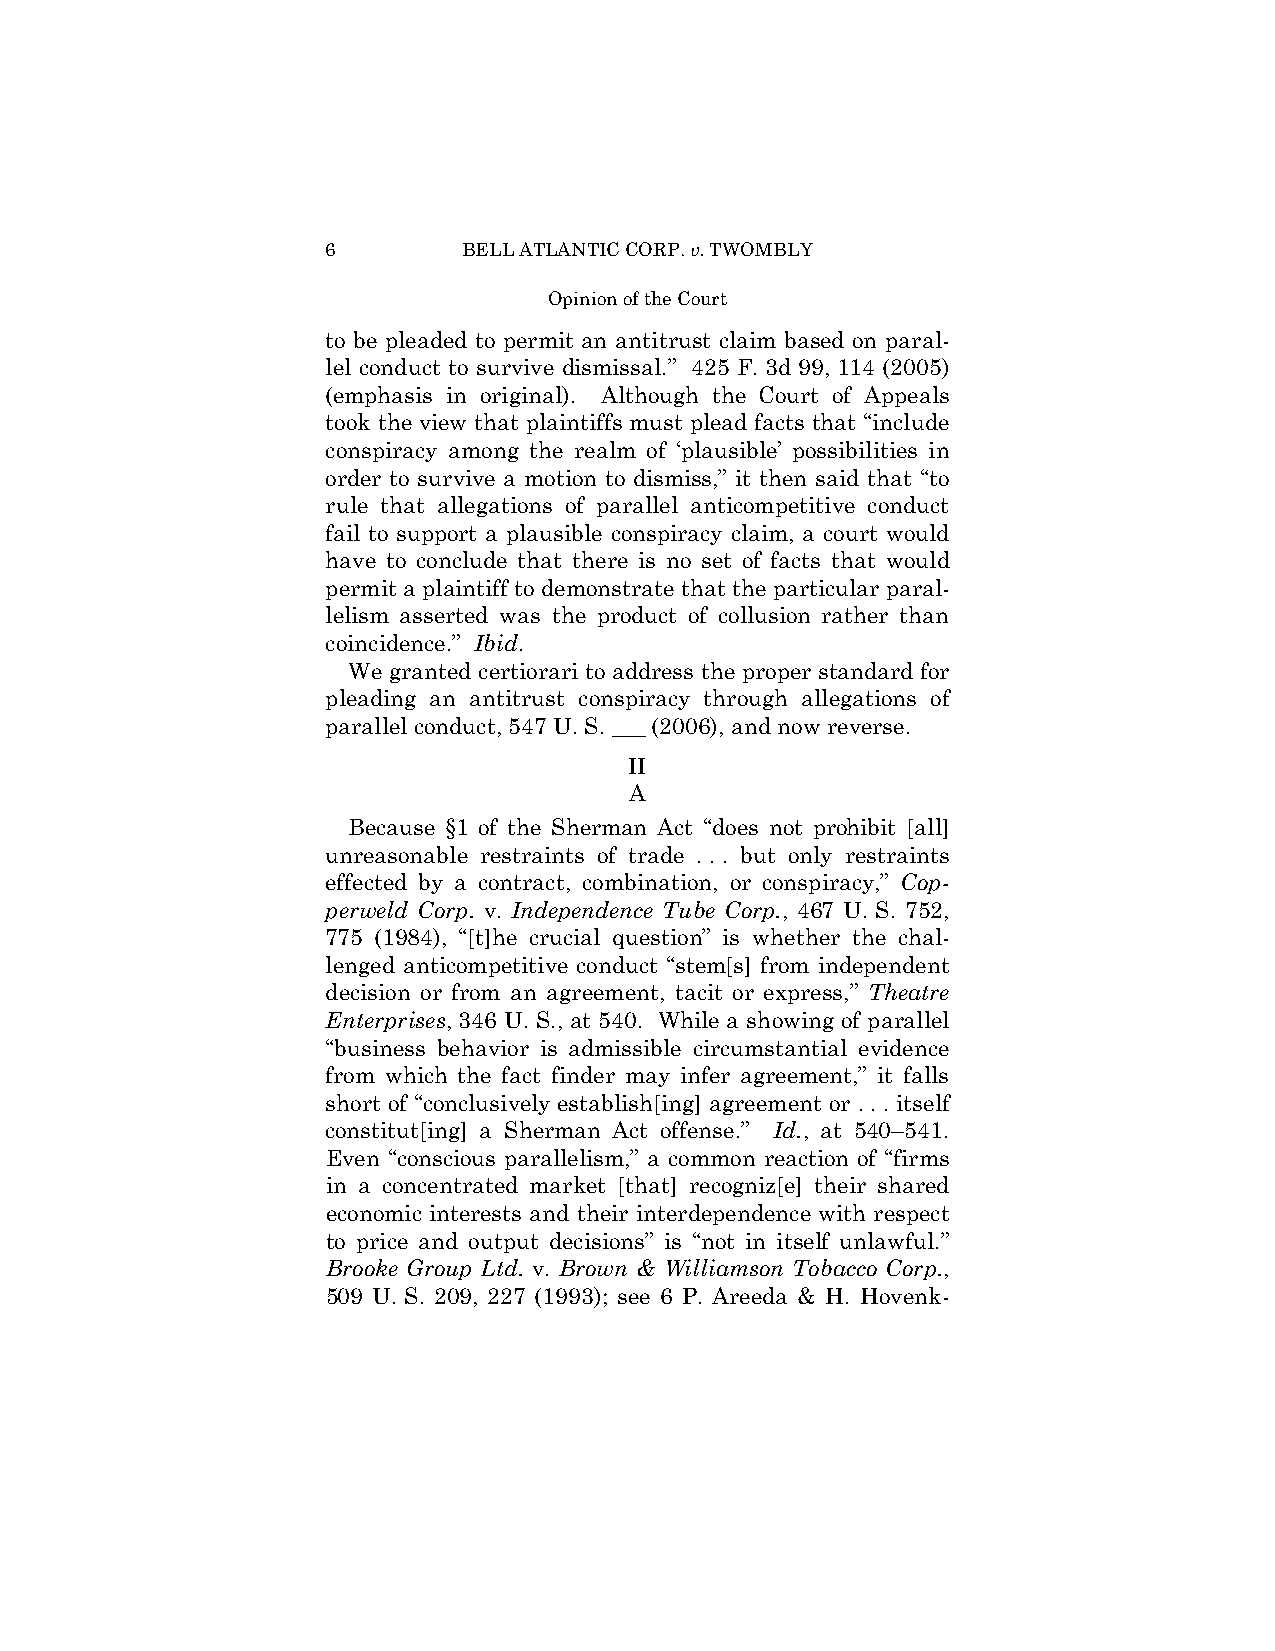
6        BELL ATLANTIC CORP. v. TWOMBLY
 Opinion of the Court
 to be pleaded to permit an antitrust claim based on paral-
 lel conduct to survive dismissal.” 425 F. 3d 99, 114 (2005)
 (emphasis in original). Although the Court of Appeals
 took the view that plaintiffs must plead facts that “include
 conspiracy among the realm of ‘plausible’ possibilities in
 order to survive a motion to dismiss,” it then said that “to
 rule that allegations of parallel anticompetitive conduct
 fail to support a plausible conspiracy claim, a court would
 have to conclude that there is no set of facts that would
 permit a plaintiff to demonstrate that the particular paral-
 lelism asserted was the product of collusion rather than
 coincidence.” Ibid.
 We granted certiorari to address the proper standard for
 pleading an antitrust conspiracy through allegations of
 parallel conduct, 547 U. S. ___ (2006), and now reverse.
 II
 A
 Because §1 of the Sherman Act “does not prohibit [all]
 unreasonable restraints of trade . . . but only restraints
 effected by a contract, combination, or conspiracy,” Cop-
 perweld Corp. v. Independence Tube Corp., 467 U. S. 752,
 775 (1984), “[t]he crucial question” is whether the chal-
 lenged anticompetitive conduct “stem[s] from independent
 decision or from an agreement, tacit or express,” Theatre
 Enterprises, 346 U. S., at 540. While a showing of parallel
 “business behavior is admissible circumstantial evidence
 from which the fact finder may infer agreement,” it falls
 short of “conclusively establish[ing] agreement or . . . itself
 constitut[ing] a Sherman Act offense.” Id., at 540–541.
 Even “conscious parallelism,” a common reaction of “firms
 in a concentrated market [that] recogniz[e] their shared
 economic interests and their interdependence with respect
 to price and output decisions” is “not in itself unlawful.”
 Brooke Group Ltd. v. Brown & Williamson Tobacco Corp.,
 509 U. S. 209, 227 (1993); see 6 P. Areeda & H. Hovenk-